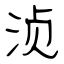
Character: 浈